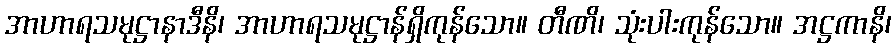
အာဟာရသမုဋ္ဌာနာဒီနိ၊ အာဟာရသမုဋ္ဌာန်ရှိကုန်သော။ တီဏိ၊ သုံးပါးကုန်သော။ အဋ္ဌကာနိ၊